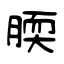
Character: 腝